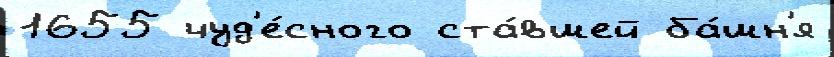
1655 чуд'е́сного ста́вшей ба́шн'я